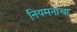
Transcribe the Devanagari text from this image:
नियमनाचा